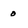
Character: 0